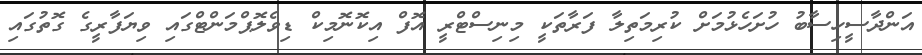
އަންދާސީހިސާބު ހުށަހެޅުމަށް ކުރިމަތިލާ ފަރާތަކީ މިނިސްޓްރީ އޮފް އިކޮނޮމިކް ޑިވެލޮޕްމަންޓްގައި ވިޔަފާރީގެ ގޮތުގައި